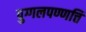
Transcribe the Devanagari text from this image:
पुग्गलपण्णत्ति